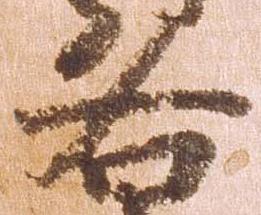
各